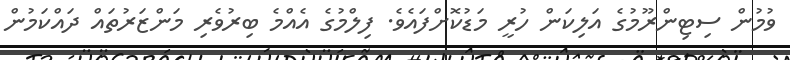
ވުމުން ސިޓިންރޫމުގެ އަލިކަން ހުރީ މަޑުކޮށްފައެވެ. ފިލްމުގެ އެއްމެ ބިރުވެރި މަންޒަރުތައް ދައްކަމުން